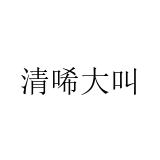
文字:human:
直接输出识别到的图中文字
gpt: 清唏大叫